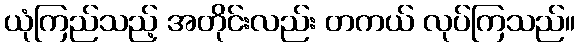
ယုံကြည်သည့် အတိုင်းလည်း တကယ် လုပ်ကြသည်။